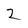
Character: 2